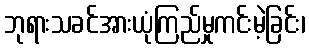
ဘုရားသခင်အားယုံကြည်မှုကင်းမဲ့ခြင်း၊